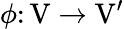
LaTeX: \phi\colon\mathrm{V}\rightarrow\mathrm{V}^{\prime}